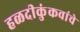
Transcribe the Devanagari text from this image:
हळदीकुंकवांचे